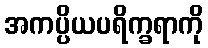
အကပ္ပိယပရိက္ခရာကို